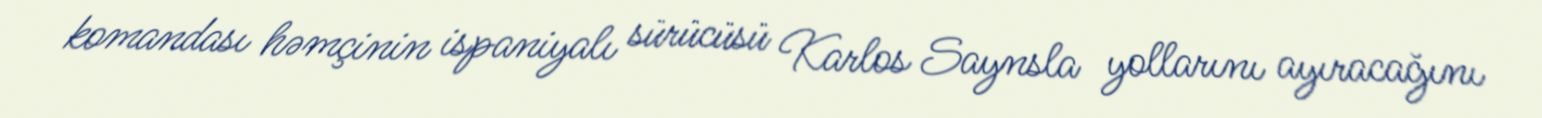
komandası həmçinin ispaniyalı sürücüsü Karlos Saynsla yollarını ayıracağını